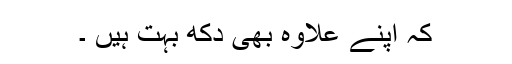
کہ اپنے علاوہ بھی دکھ بہت ہیں ۔